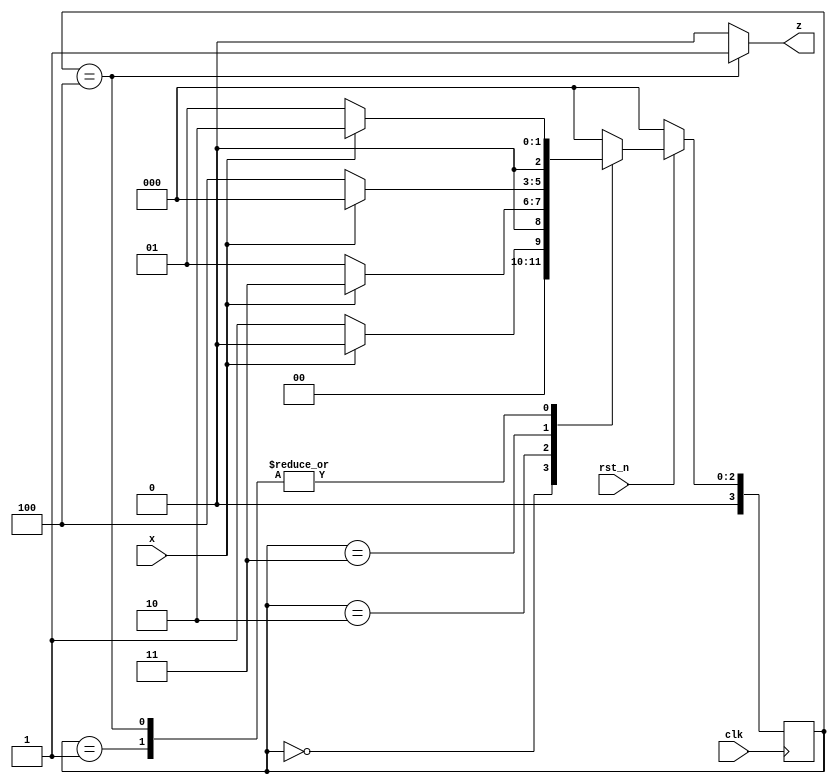
module more_ovr(input clk, rst_n, x, output z);
  parameter S0 = 4'd0;
  parameter S1 = 4'd1;
  parameter S2 = 4'd2;
  parameter S3 = 4'd3;
  parameter S4 = 4'd4;
  reg [3:0] state, next_state;
  always @(posedge clk ) begin
    if(!rst_n) state <= S0;
    else state <= next_state;end
  
  always @(state or x) begin
    case(state)
      S0: begin next_state=x?S0:S1;end     
      S1: begin next_state=x?S2:S1;end
      S2: begin next_state=x?S3:S1;end
      S3: begin next_state=x?S0:S4;end
      S4: begin next_state=x?S2:S1;end
      default: begin next_state = S0;end
    endcase
  end
  assign z=(state==S4)?1:0;
endmodule